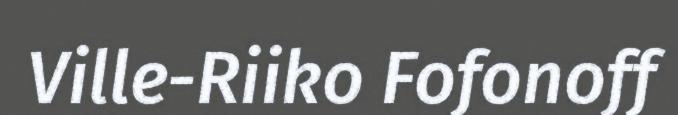
Ville-Riiko Fofonoff